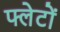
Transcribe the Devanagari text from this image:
फ्लेटों